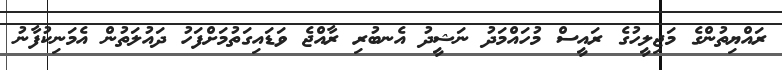
ރައްޔިތުންގެ މަޖިލީހުގެ ރައީސް މުހައްމަދު ނަޝީދު އެނބުރި ރާއްޖެ ވަޑައިގަތުމަށްފަހު ދައުލަތުން އެމަނިކުފާނު